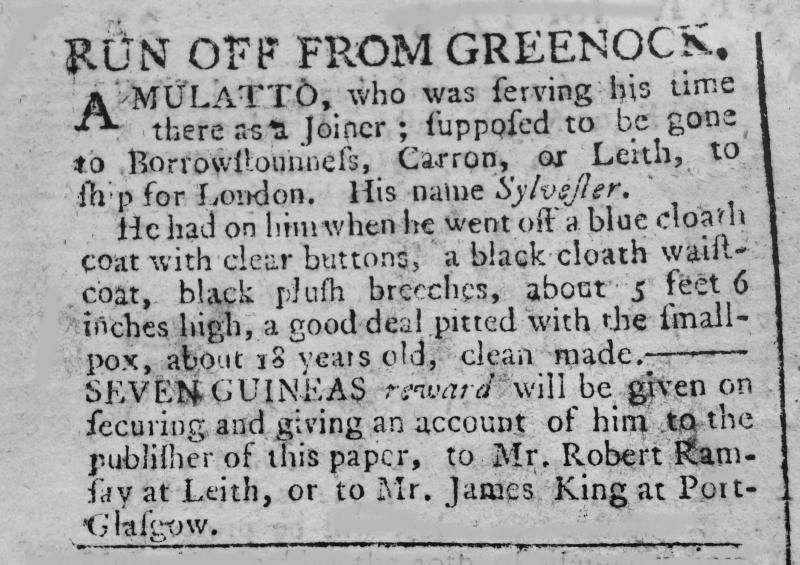
Edinburgh Evening Advertiser, 3 January 1773 (Scotland)
RUN OFF FROM GREENOCK.A MULATTO, who was serving his time there as a Joiner; supposed to be gone to Borrowstounness, Carron, or Leith, to ship for London. His name Sylvester.    He had on him when he went off a blue cloath coat with clear buttons, a black cloath waistcoat, black plush breeches, about 5 feet 6 inches high, a good deal pitted with the small-pox, about 18 years old, clean made. – SEVEN GUINEAS reward will be given on securing and giving an account of him to the publisher of this paper, to Mr. Robert Ramsay at Leith, or to Mr. James King at Port-Glasgow.